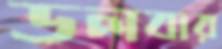
ডলবার